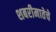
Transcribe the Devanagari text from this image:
शबरीमातेचे